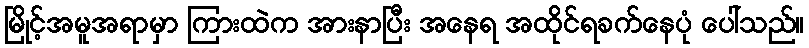
မြိုင့်အမူအရာမှာ ကြားထဲက အားနာပြီး အနေရ အထိုင်ရခက်နေပုံ ပေါ်သည်။